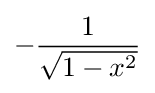
-{\frac {1}{\sqrt {1-x^{2}}}}